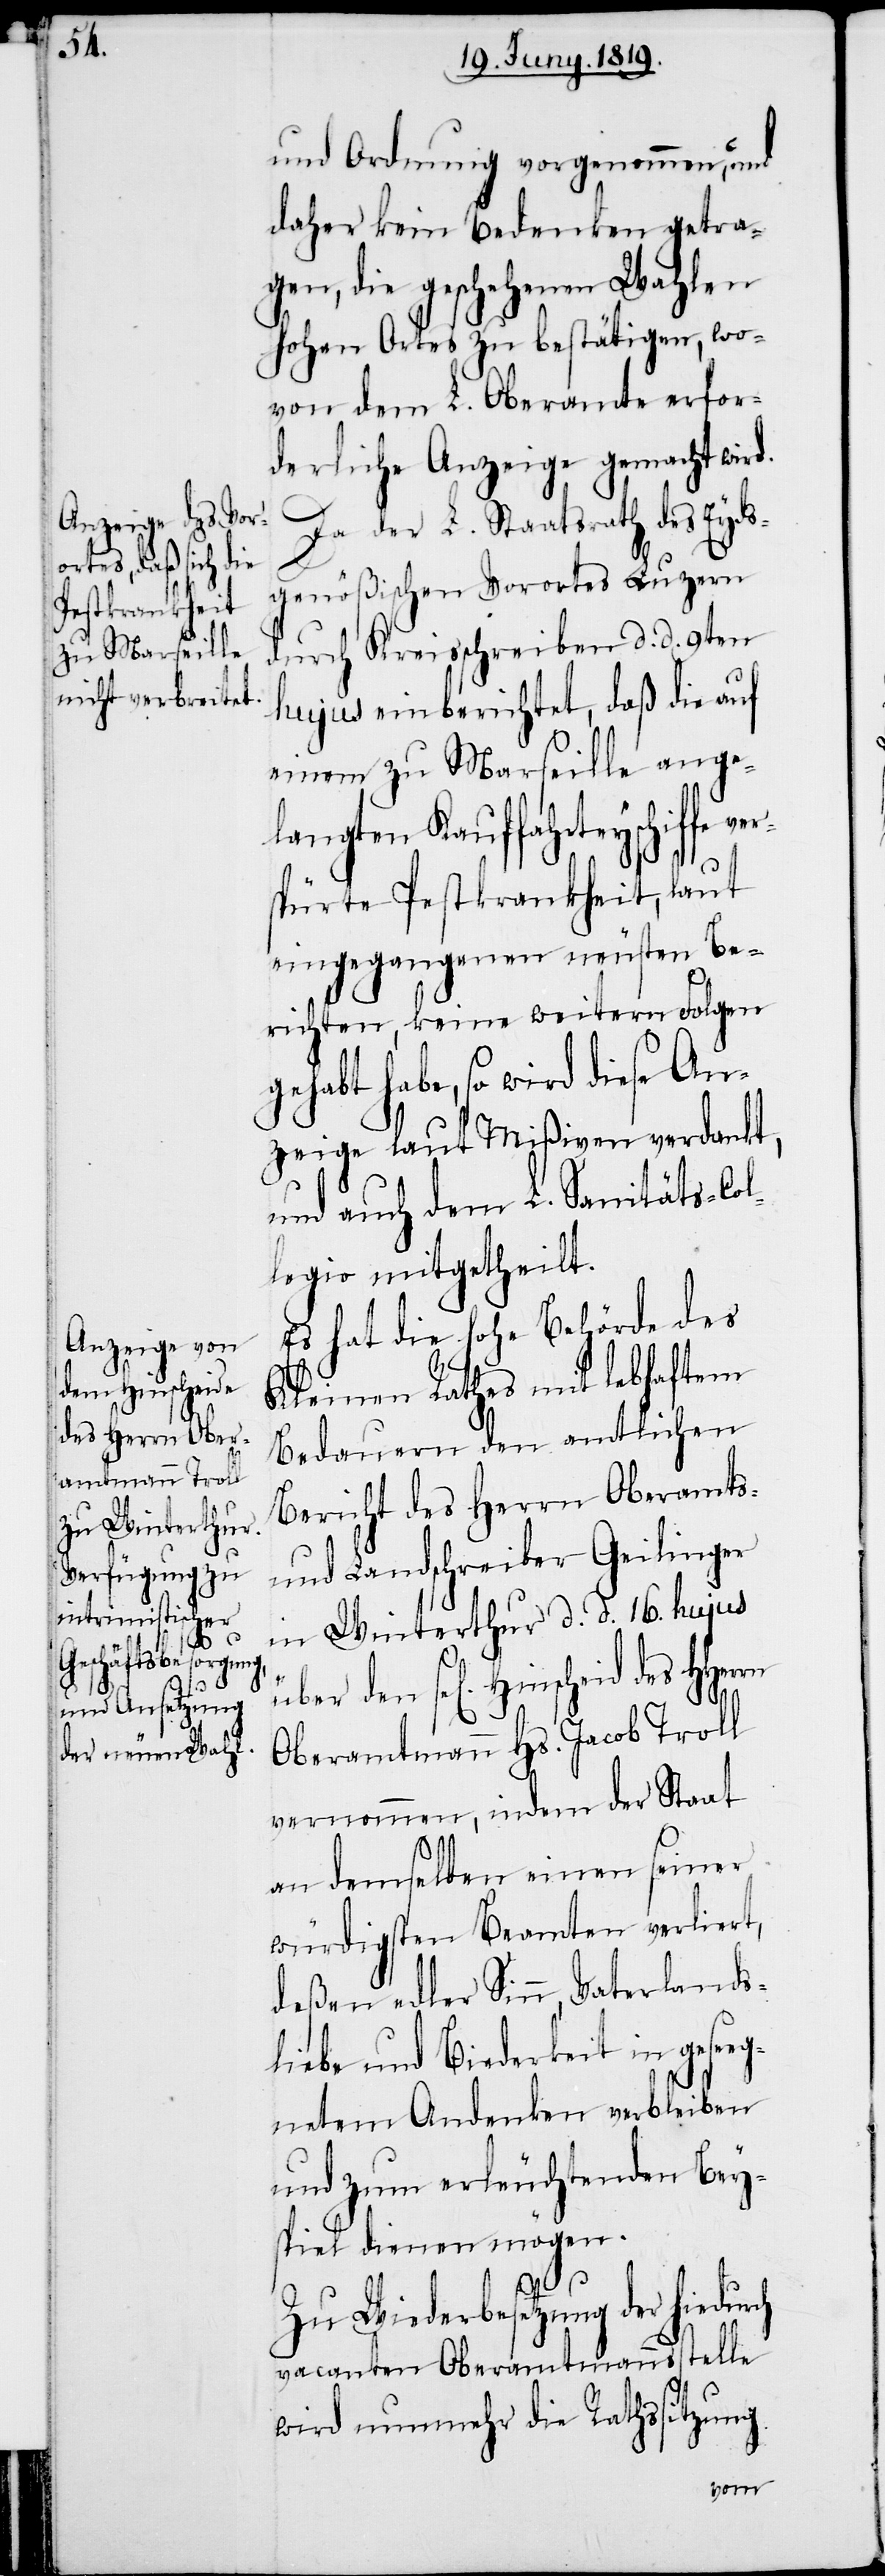
ver¬

und Ordnung vorgenommen, und
daher kein Bedenken getra¬
gen, die geschehenen Wahlen
hohen Ortes zu bestätigen, wo¬
von dem L. Oberamte erfor¬
derliche Anzeige gemacht wird.
Da der L. Staatsrath des Eyds¬
genößischen Vorortes Luzern
durch Kreisschreiben d. d. 9ten
hujus einberichtet, daß die auf
einem zu Marseille ange¬
langten Kauffahrteyschiffe
spürte Pestkrankheit, laut
eingegangenen neusten Be¬
richten, keine weitern Folgen
gehabt habe, so wird diese An¬
zeige laut Mißiven verdankt,
und auch dem L. Sanitäts-Col¬
legio mitgetheilt.
Es hat die hohe Behörde des
Kleinen Rathes mit lebhaftem
Bedauern den amtlichen
Bericht des Herrn Oberamts-
und Landschreiber Geilinger
in Winterthur d. d. 16. hujus
über den sel[igen] Hinscheid
Oberamtmann Hs. Jacob Troll
vernommen, indem der Staat
ch
an demselben einen seiner
würdigsten Beamten verliert,
deßen edler Sinn, Vaterlands¬
liebe und Biederkeit in gese¬
egnetem Andenken verbleiben
und zum erleuchtenden Bey¬
spiel dienen mögen.
Zu Wiederbesetzung der hiedur¬
vacanten Oberamtmannsstelle
wird nunmehr die Rathssitzung